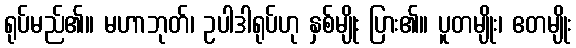
ရုပ်မည်၏။ မဟာဘုတ်၊ ဥပါဒါရုပ်ဟု နှစ်မျိုး ပြား၏။ ပူတမျိုး၊ ဧတမျိုး